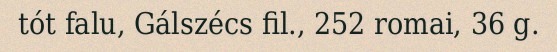
tót falu, Gálszécs fil., 252 romai, 36 g.